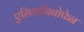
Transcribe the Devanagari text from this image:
एसितामिनोफेन